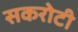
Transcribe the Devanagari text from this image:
सकरोटी